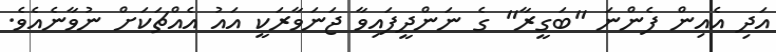
އަދި އެއިން ފެންނަ "ބަގީރާ" ގެ ނަންދީފައިވާ ޖަނަވާރަކީ އައު އެއްޗަކަށް ނުވާނެއެވެ.